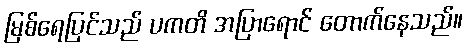
မြစ်ရေပြင်သည် ပကတိ အပြာရောင် တောက်နေသည်။